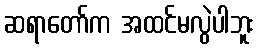
ဆရာတော်က အထင်မလွဲပါဘူး